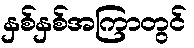
နှစ်နှစ်အကြာတွင်